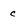
Character: c